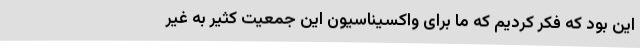
این بود که فکر کردیم که ما برای واکسیناسیون این جمعیت کثیر به غیر